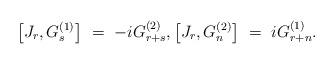
LaTeX: \begin{align*}\left[ J_r, G^{(1)}_s \right] \ = \ - i G^{(2)}_{r+s} , \left[ J_r, G^{(2)}_n \right] \ = \ i G^{(1)}_{r+n} . \end{align*}